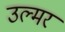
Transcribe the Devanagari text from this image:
उल्मर